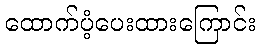
ထောက်ပံ့ပေးထားကြောင်း